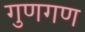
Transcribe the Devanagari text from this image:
गुणगण